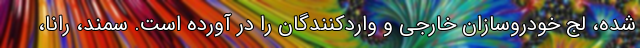
شده، لج خودروسازان خارجی و واردکنندگان را در آورده است. سمند، رانا،